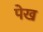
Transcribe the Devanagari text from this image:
पेख